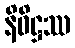
နိဝိဋ္ဌဿ